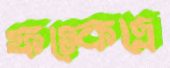
ফস্‌কেছে